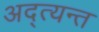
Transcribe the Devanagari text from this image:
अद्त्यन्त